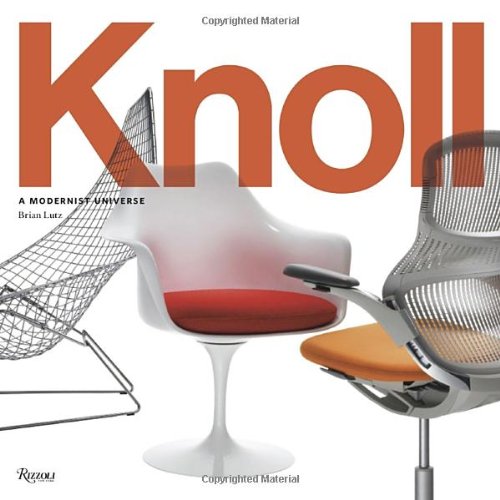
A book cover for Knoll: A Modernist Universe; Brian Lutz; Arts & Photography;